Vaccine operations Central Provinces 1900-1911 - 1900-1911
Year: 1900
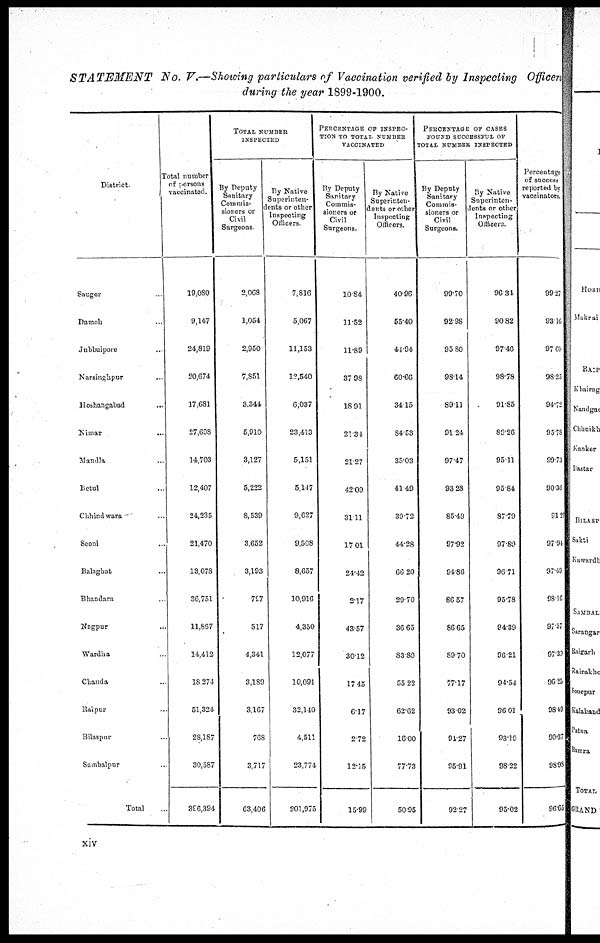
STATEMENT No. V.—Showing particulars of Vaccination verified by Inspecting Officers
during the year 1899-1900.
District
Sangor
Damoh ..
Jubbulpore ...
Narsinghpur
...
Hoshangabad ...
Nimar
..
Mandla ...
Betul ...
Chhirdwara .
Seoni ...
Balaghat ...
Bhandara .
Nagpur ...
Wardha ...
Chanda ..
Raipur ..
Bilaspur ...
Sambalpur
Total
Total number
of persons
vaccinated.
19,080
9,147
24,819
20,674
17,681
27,698
14,703
12,407
24,235
21,470
13,078
36,751
11,867
14,412
18,274
51,324
28,187
30,587
396,394
TOTAL NUMBER
INSPECTED
By Deputy
Sanitary
Commis-
sioners or
Civil
Surgeons
2,068
1,054
2,950
7,851
3,344
5,910
3,127
5,222
8,539
3,652
3,193
797
517
4,341
3,189
3,167
768
3,717
63,406
By Native
Superinten-
dents or other
Inspecting
Officers
7,816
5,067
11,153
12,540
6,037
23,413
5,151
5,147
9,627
9,508
8,657
10,916
4,350
12,077
10,091
32,110
4,511
23,774
201,975
PERCENTAGE OF INSPEC-
---- TO TOTAL NUMBER
VACCINATED
By Deputy
Sanitary
Commis-
sioners or
Civil
Surgeons.
10.84
11.52
11.89
37.98
18.91
21.34
21.27
42.09
31.11
17.01
24.42
217
43.57
30.12
17.45
6.17
2.72
12.15
15.99
By Native
Superinten-
dents or other
Inspecting
Officers.
40.96
55.40
44.94
60.66
34.15
84.53
35.03
41.49
39.72
44.28
66.20
29.70
36.65
83.80
55.22
62.62
16.00
77.73
50.95
PERCENTAGE OF CASES
FOUND SUCCESSFUL OF
TOTAL NUMBER INSPECTED
By Deputy
Sanitary
Commis-
sioners or
Civil
Surgeons.
99.70
92.98
95.80
98.14
89.11
91.24
97.47
93.28
85.49
97.92
94.86
86.57
86.65
89.70
77.17
93.02
94.27
95.91
92.27
By Native
Superinten-
dents or other
Inspecting
Officers
96.34
90.82
97.46
98.78
91.85
89.26
95.11
95.84
87.79
97.89
96.71
95.78
94.39
96.21
94.54
96.01
93.19
98.22
95.02
Percentage
of success
reported by
vaccinators.
99.27
93.16
97.60
98.25
94.72
95.78
99.73
90.36
91.23
97.94
97.49
98.16
97.57
97.39
96.25
9849
90.37
98.98
96.65
xiv